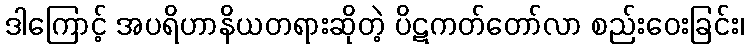
ဒါကြောင့် အပရိဟာနိယတရားဆိုတဲ့ ပိဋကတ်တော်လာ စည်းဝေးခြင်း၊